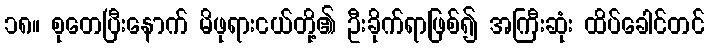
၁၈။ စုတေပြီးနောက် မိဖုရားငယ်တို့၏ ဦးခိုက်ရာဖြစ်၍ အကြီးဆုံး ထိပ်ခေါင်တင်